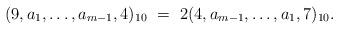
LaTeX: \begin{align*} (9,a_1,\ldots,a_{m-1},4)_{10} \ =\ 2(4,a_{m-1},\ldots ,a_1,7)_{10}.\end{align*}